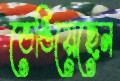
ভেঙিয়েছেন